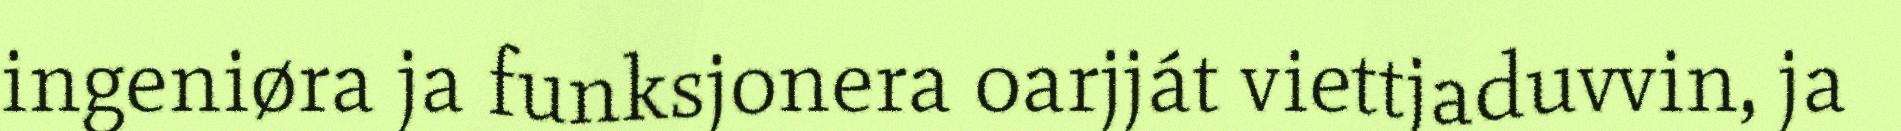
ingeniøra ja funksjonera oarjját viettjaduvvin, ja